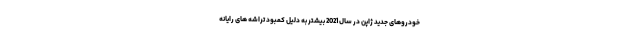
خودروهای جدید ژاپن در سال 2021 بیشتر به دلیل کمبود تراشه های رایانه